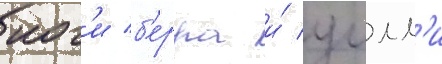
иог'и б'ерра и́ уилл'и